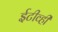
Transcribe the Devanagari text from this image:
ईटीव्ही